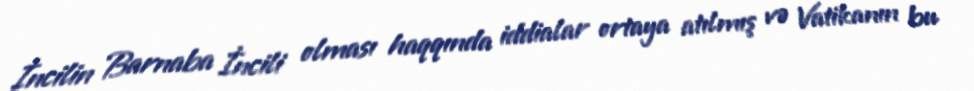
İncilin Barnaba İncili olması haqqında iddialar ortaya atılmış və Vatikanın bu